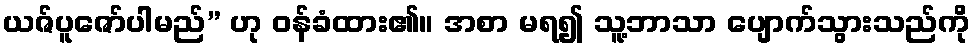
ယဇ်ပူဇော်ပါမည်” ဟု ဝန်ခံထား၏။ အစာ မရ၍ သူ့ဘာသာ ပျောက်သွားသည်ကို